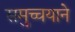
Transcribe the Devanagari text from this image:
समुच्चयाने